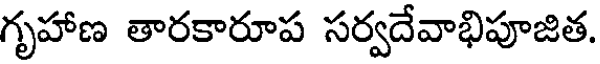
గృహాణ తారకారూప సర్వదేవాభిపూజిత.